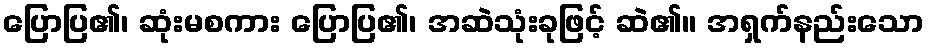
ပြောပြ၏၊ ဆုံးမစကား ပြောပြ၏၊ အဆဲသုံးခုဖြင့် ဆဲ၏။ အရှက်နည်းသော